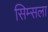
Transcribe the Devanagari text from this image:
सिम्सला